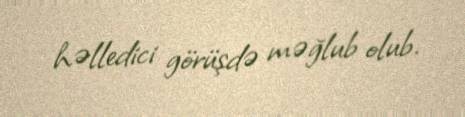
həlledici görüşdə məğlub olub.